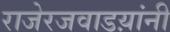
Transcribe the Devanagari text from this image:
राजेरजवाडय़ांनी